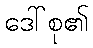
ဒေါ်စု၏